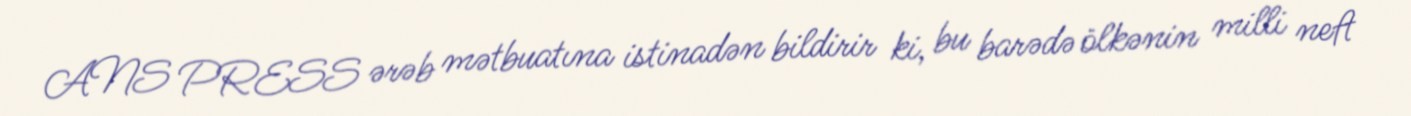
ANS PRESS ərəb mətbuatına istinadən bildirir ki, bu barədə ölkənin milli neft